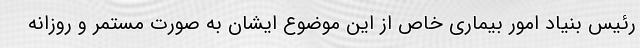
رئیس بنیاد امور بیماری خاص از این موضوع ایشان به صورت مستمر و روزانه